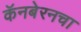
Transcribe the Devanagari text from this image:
कॅनबेरनचा